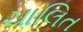
ચાલિત